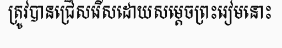
ត្រូវបានជ្រើសរើសដោយសម្តេចព្រះរៀមនោះ